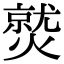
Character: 𤎼